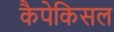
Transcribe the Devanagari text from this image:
कैपेकिसल